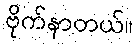
ဗိုက်နာတယ်။